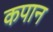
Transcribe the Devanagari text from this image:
कपान